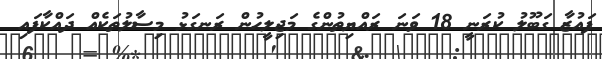
ފައުޒާ ގަބޫލު ކުރަނީ 18 ވަނަ ރައްޔިތުންގެ މަޖިލީހުން ރަނގަޅު މިސާލުތަކެއް ދައްކާފައި